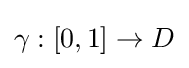
\gamma :[0,1]\to D